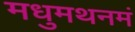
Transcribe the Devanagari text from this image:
मधुमथनमं